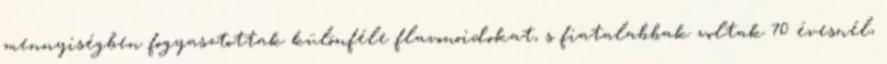
mennyiségben fogyasztottak különféle flavonoidokat, s fiatalabbak voltak 70 évesnél,